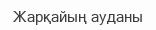
Жарқайың ауданы